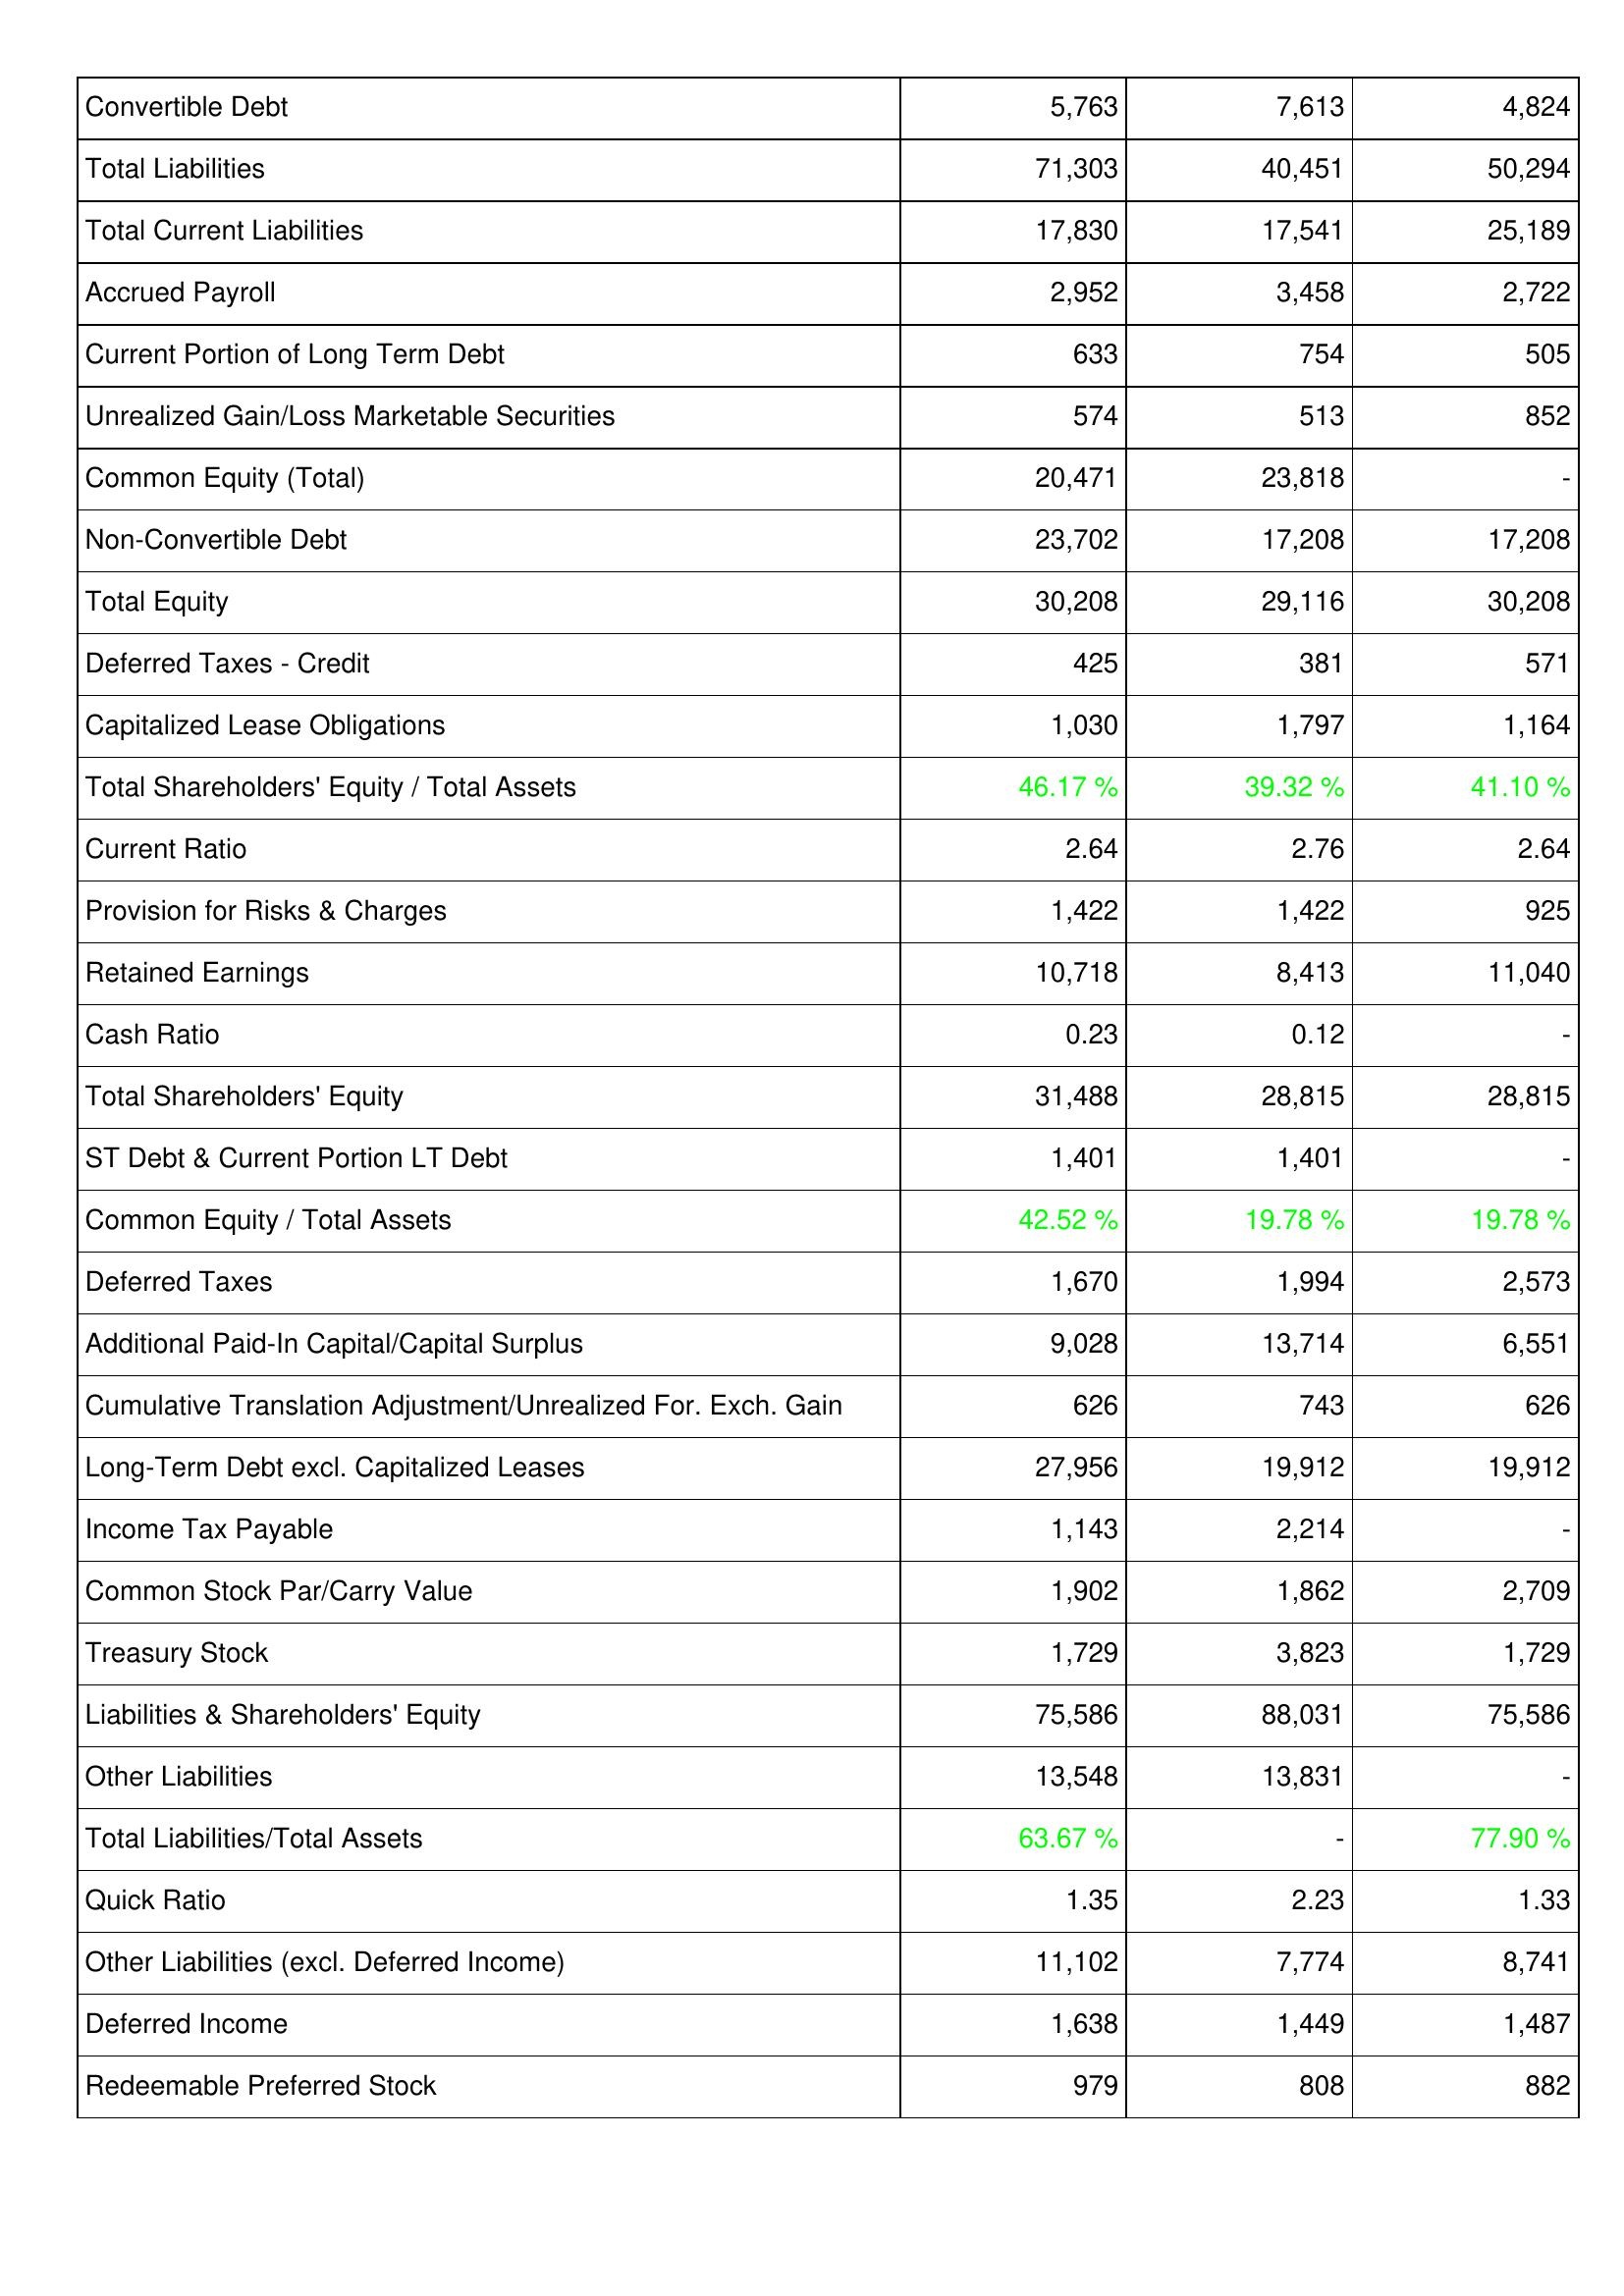
2009: Liabilities & Shareholders' Equity: Convertible Debt: 5,763
Total Liabilities: 71,303
Total Current Liabilities: 17,830
Accrued Payroll: 2,952
Current Portion of Long Term Debt: 633
Unrealized Gain/Loss Marketable Securities: 574
Common Equity (Total): 20,471
Non-Convertible Debt: 23,702
Total Equity: 30,208
Deferred Taxes - Credit: 425
Capitalized Lease Obligations: 1,030
Total Shareholders' Equity / Total Assets: 46.17 %
Current Ratio: 2.64
Provision for Risks & Charges: 1,422
Retained Earnings: 10,718
Cash Ratio: 0.23
Total Shareholders' Equity: 31,488
ST Debt & Current Portion LT Debt: 1,401
Common Equity / Total Assets: 42.52 %
Deferred Taxes: 1,670
Additional Paid-In Capital/Capital Surplus: 9,028
Cumulative Translation Adjustment/Unrealized For. Exch. Gain: 626
Long-Term Debt excl. Capitalized Leases: 27,956
Income Tax Payable: 1,143
Common Stock Par/Carry Value: 1,902
Treasury Stock: 1,729
Liabilities & Shareholders' Equity: 75,586
Other Liabilities: 13,548
Total Liabilities/Total Assets: 63.67 %
Quick Ratio: 1.35
Other Liabilities (excl. Deferred Income): 11,102
Deferred Income: 1,638
Redeemable Preferred Stock: 979
2010: Liabilities & Shareholders' Equity: Convertible Debt: 7,613
Total Liabilities: 40,451
Total Current Liabilities: 17,541
Accrued Payroll: 3,458
Current Portion of Long Term Debt: 754
Unrealized Gain/Loss Marketable Securities: 513
Common Equity (Total): 23,818
Non-Convertible Debt: 17,208
Total Equity: 29,116
Deferred Taxes - Credit: 381
Capitalized Lease Obligations: 1,797
Total Shareholders' Equity / Total Assets: 39.32 %
Current Ratio: 2.76
Provision for Risks & Charges: 1,422
Retained Earnings: 8,413
Cash Ratio: 0.12
Total Shareholders' Equity: 28,815
ST Debt & Current Portion LT Debt: 1,401
Common Equity / Total Assets: 19.78 %
Deferred Taxes: 1,994
Additional Paid-In Capital/Capital Surplus: 13,714
Cumulative Translation Adjustment/Unrealized For. Exch. Gain: 743
Long-Term Debt excl. Capitalized Leases: 19,912
Income Tax Payable: 2,214
Common Stock Par/Carry Value: 1,862
Treasury Stock: 3,823
Liabilities & Shareholders' Equity: 88,031
Other Liabilities: 13,831
Total Liabilities/Total Assets: -
Quick Ratio: 2.23
Other Liabilities (excl. Deferred Income): 7,774
Deferred Income: 1,449
Redeemable Preferred Stock: 808
2011: Liabilities & Shareholders' Equity: Convertible Debt: 4,824
Total Liabilities: 50,294
Total Current Liabilities: 25,189
Accrued Payroll: 2,722
Current Portion of Long Term Debt: 505
Unrealized Gain/Loss Marketable Securities: 852
Common Equity (Total): -
Non-Convertible Debt: 17,208
Total Equity: 30,208
Deferred Taxes - Credit: 571
Capitalized Lease Obligations: 1,164
Total Shareholders' Equity / Total Assets: 41.10 %
Current Ratio: 2.64
Provision for Risks & Charges: 925
Retained Earnings: 11,040
Cash Ratio: -
Total Shareholders' Equity: 28,815
ST Debt & Current Portion LT Debt: -
Common Equity / Total Assets: 19.78 %
Deferred Taxes: 2,573
Additional Paid-In Capital/Capital Surplus: 6,551
Cumulative Translation Adjustment/Unrealized For. Exch. Gain: 626
Long-Term Debt excl. Capitalized Leases: 19,912
Income Tax Payable: -
Common Stock Par/Carry Value: 2,709
Treasury Stock: 1,729
Liabilities & Shareholders' Equity: 75,586
Other Liabilities: -
Total Liabilities/Total Assets: 77.90 %
Quick Ratio: 1.33
Other Liabilities (excl. Deferred Income): 8,741
Deferred Income: 1,487
Redeemable Preferred Stock: 882